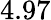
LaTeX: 4.97